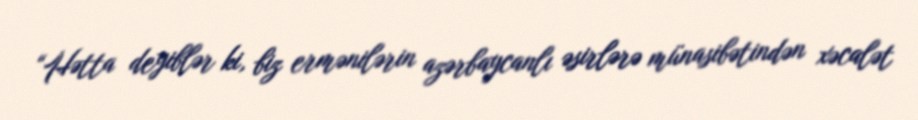
“Hətta deyiblər ki, biz ermənilərin azərbaycanlı əsirlərə münasibətindən xəcalət